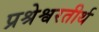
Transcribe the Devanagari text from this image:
प्रश्रेश्वरतीर्थ